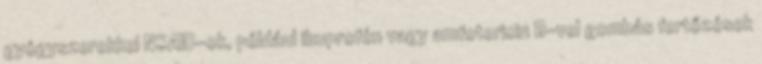
gyógyszerekkel NSAID-ok, például ibuprofén vagy amfotericin B-vel gombás fertőzések